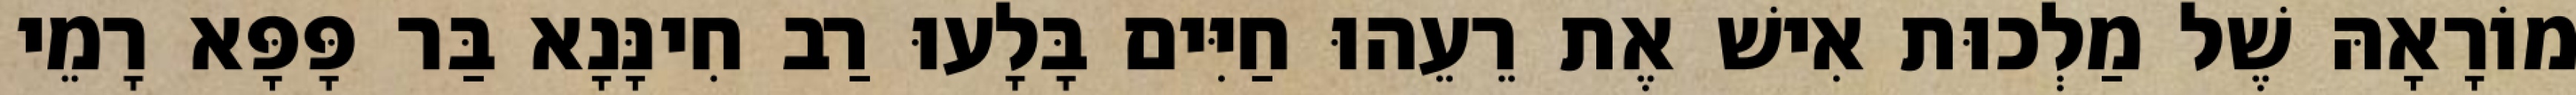
מוֹרָאָהּ שֶׁל מַלְכוּת אִישׁ אֶת רֵעֵהוּ חַיִּים בָּלָעוּ רַב חִינָּנָא בַּר פָּפָּא רָמֵי